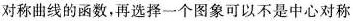
对称曲线的函数，再选择一个图象可以不是中心对称